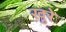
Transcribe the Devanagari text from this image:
खुरे